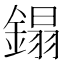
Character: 鎉